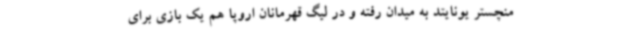
منچستر یونایتد به میدان رفته و در لیگ قهرمانان اروپا هم یک بازی برای